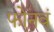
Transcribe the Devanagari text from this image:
फोनवं